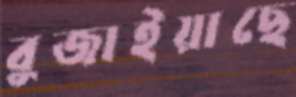
বুজাইয়াছে